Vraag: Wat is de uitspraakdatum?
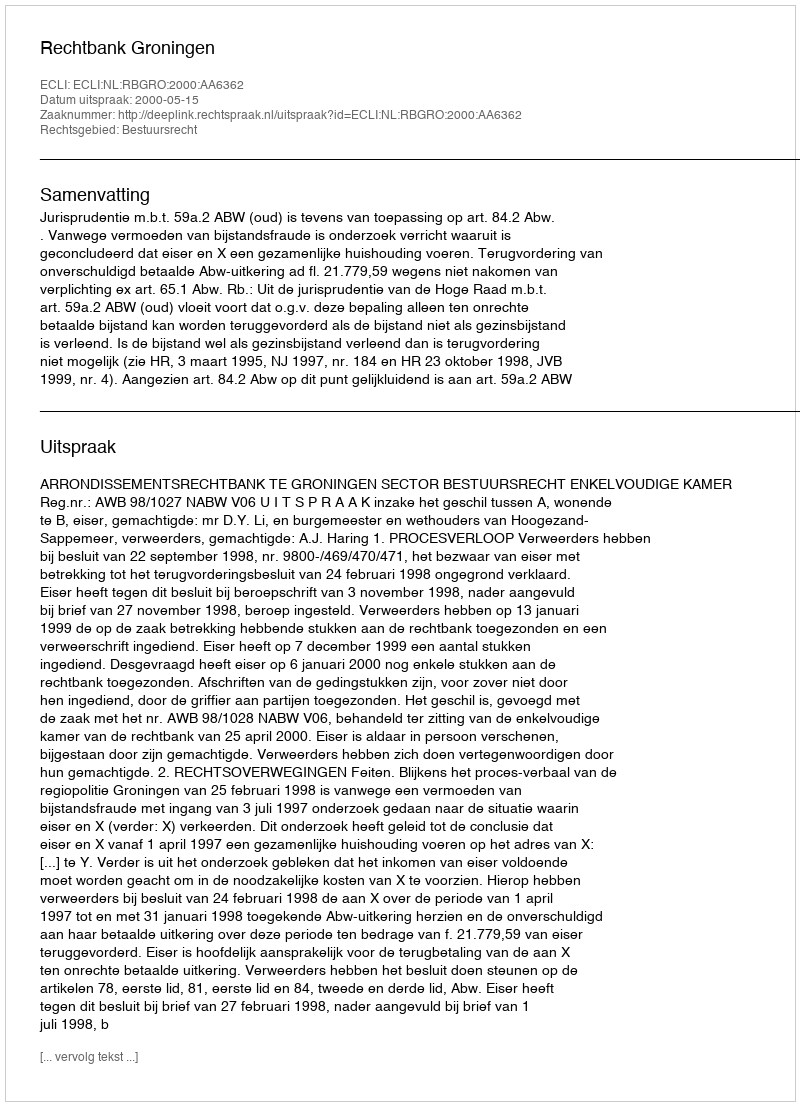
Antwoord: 2000-05-15